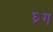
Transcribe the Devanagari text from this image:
घ्रग